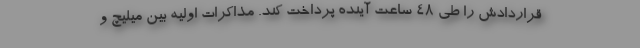
قراردادش را طی 48 ساعت آینده پرداخت کند. مذاکرات اولیه بین میلیچ و